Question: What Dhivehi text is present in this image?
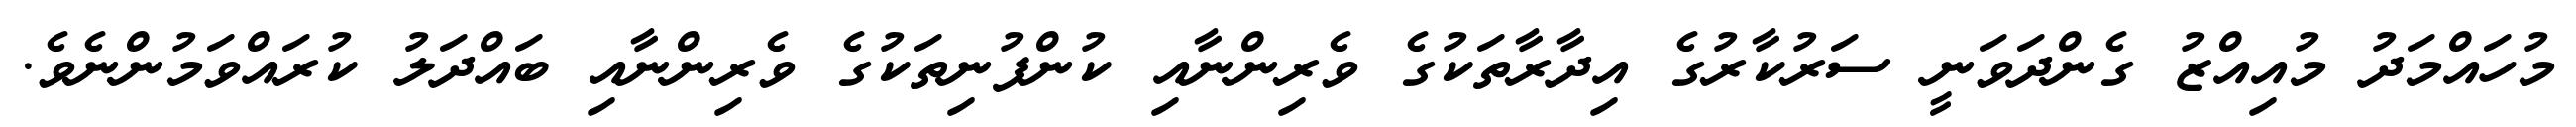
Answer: މުހައްމަދު މުއިއްޒު ގެންދަވަނީ ސަރުކާރުގެ އިދާރާތަކުގެ ވެރިންނާއި ކުންފުނިތަކުގެ ވެރިންނާއި ބައްދަލު ކުރައްވަމުންނެވެ.